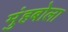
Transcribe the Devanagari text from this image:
मुंहबोला